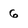
Character: 6